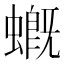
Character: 𧑂